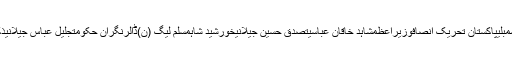
الیکشناسمبلیپاکستانقومی اسمبلیپاکستان تحریک انصافوزیراعظمشاہد خاقان عباسیتصدق حسین جیلانیخورشید شاہمسلم لیگ (ن)ڈالرنگران حکومتجلیل عباس جیلانیذکا اشرفسیّد خورشید شاہتیل